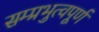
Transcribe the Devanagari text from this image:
सम्प्रभुत्वपूर्ण